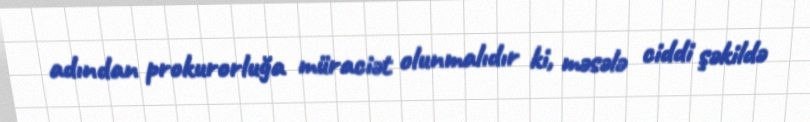
adından prokurorluğa müraciət olunmalıdır ki, məsələ ciddi şəkildə